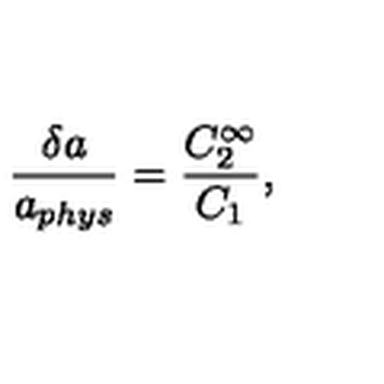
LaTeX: \frac { \delta a } { a _ { p h y s } } = \frac { C _ { 2 } ^ { \infty } } { C _ { 1 } } ,